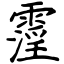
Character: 霪